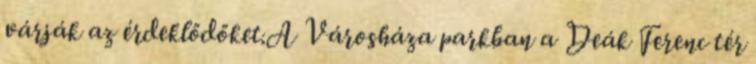
várják az érdeklődőket.A Városháza parkban a Deák Ferenc tér